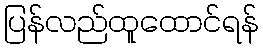
ပြန်လည်ထူထောင်ရန်